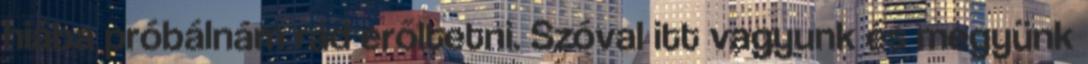
hiába próbálnám rád erőltetni. Szóval itt vagyunk és megyünk